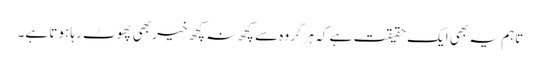
تاہم یہ بھی ایک حقیقت ہے کہ ہر گروہ سے کچھ نہ کچھ خیر بھی پھوٹ رہا ہوتا ہے۔